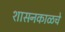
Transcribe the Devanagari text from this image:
शासनकाळचे